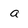
Character: a